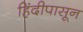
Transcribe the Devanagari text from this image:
हिंदीपासून